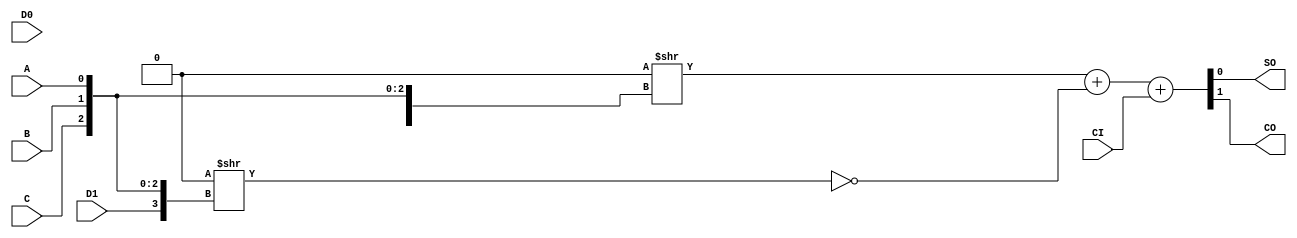
module MISTRAL_ALUT_ARITH(input A, B, C, D0, D1, (* abc9_carry *) input CI, output SO, (* abc9_carry *) output CO);
parameter LUT0 = 16'h0000;
parameter LUT1 = 16'h0000;
`ifdef cyclonev
specify
    (A  => SO) = 1342;
    (B  => SO) = 1323;
    (C  => SO) = 927;
    (D0 => SO) = 887;
    (D1 => SO) = 785;
    (CI => SO) = 368;
    (A  => CO) = 1082;
    (B  => CO) = 1062;
    (C  => CO) = 813;
    (D0 => CO) = 866;
    (D1 => CO) = 1198;
    (CI => CO) = 36; // Divided by 2 to account for there being two ALUT_ARITHs in an ALM)
endspecify
`endif
`ifdef cyclone10gx
specify
    (A  => SO) = 644;
    (B  => SO) = 477;
    (C  => SO) = 416;
    (D0 => SO) = 380;
    (D1 => SO) = 431;
    (CI => SO) = 276;
    (A  => CO) = 525;
    (B  => CO) = 433;
    (C  => CO) = 712;
    (D0 => CO) = 653;
    (D1 => CO) = 593;
    (CI => CO) = 16;
endspecify
`endif
wire q0, q1;
assign q0 = LUT0 >> {D0, C, B, A};
assign q1 = LUT1 >> {D1, C, B, A};
assign {CO, SO} = q0 + !q1 + CI;
endmodule